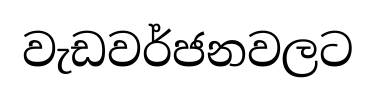
වැඩවර්ජනවලට